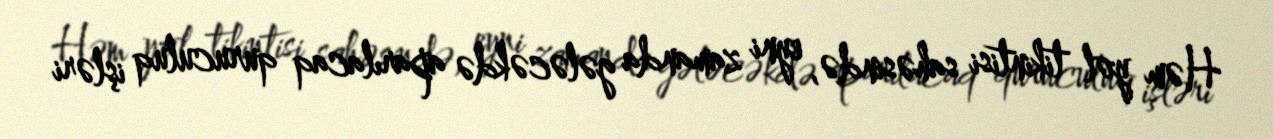
Həm yol tikintisi sahəsində, eyni zamanda gələcəkdə aparılacaq quruculuq işləri